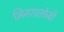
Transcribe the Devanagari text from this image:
मिनरालोजी